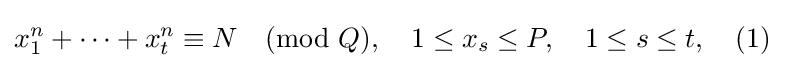
x_{1}^{n}+\dots +x_{t}^{n}\equiv N{\pmod {Q}},\quad 1\leq x_{s}\leq P,\quad 1\leq s\leq t,\quad (1)